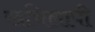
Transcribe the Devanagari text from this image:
खचिलापी